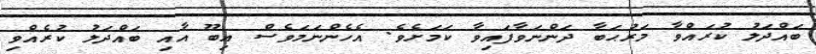
ބައްދަލު ކުރައްވާ މަރުޙަބާ ދަންނަވާފައިވާ ކަމަށެވެ. އެހެންނަމަވެސް އިބޫ އާއި ބައްދަލު ކުރެއްވި